Jaan_Tonisson_(Lasteleht), lk 18
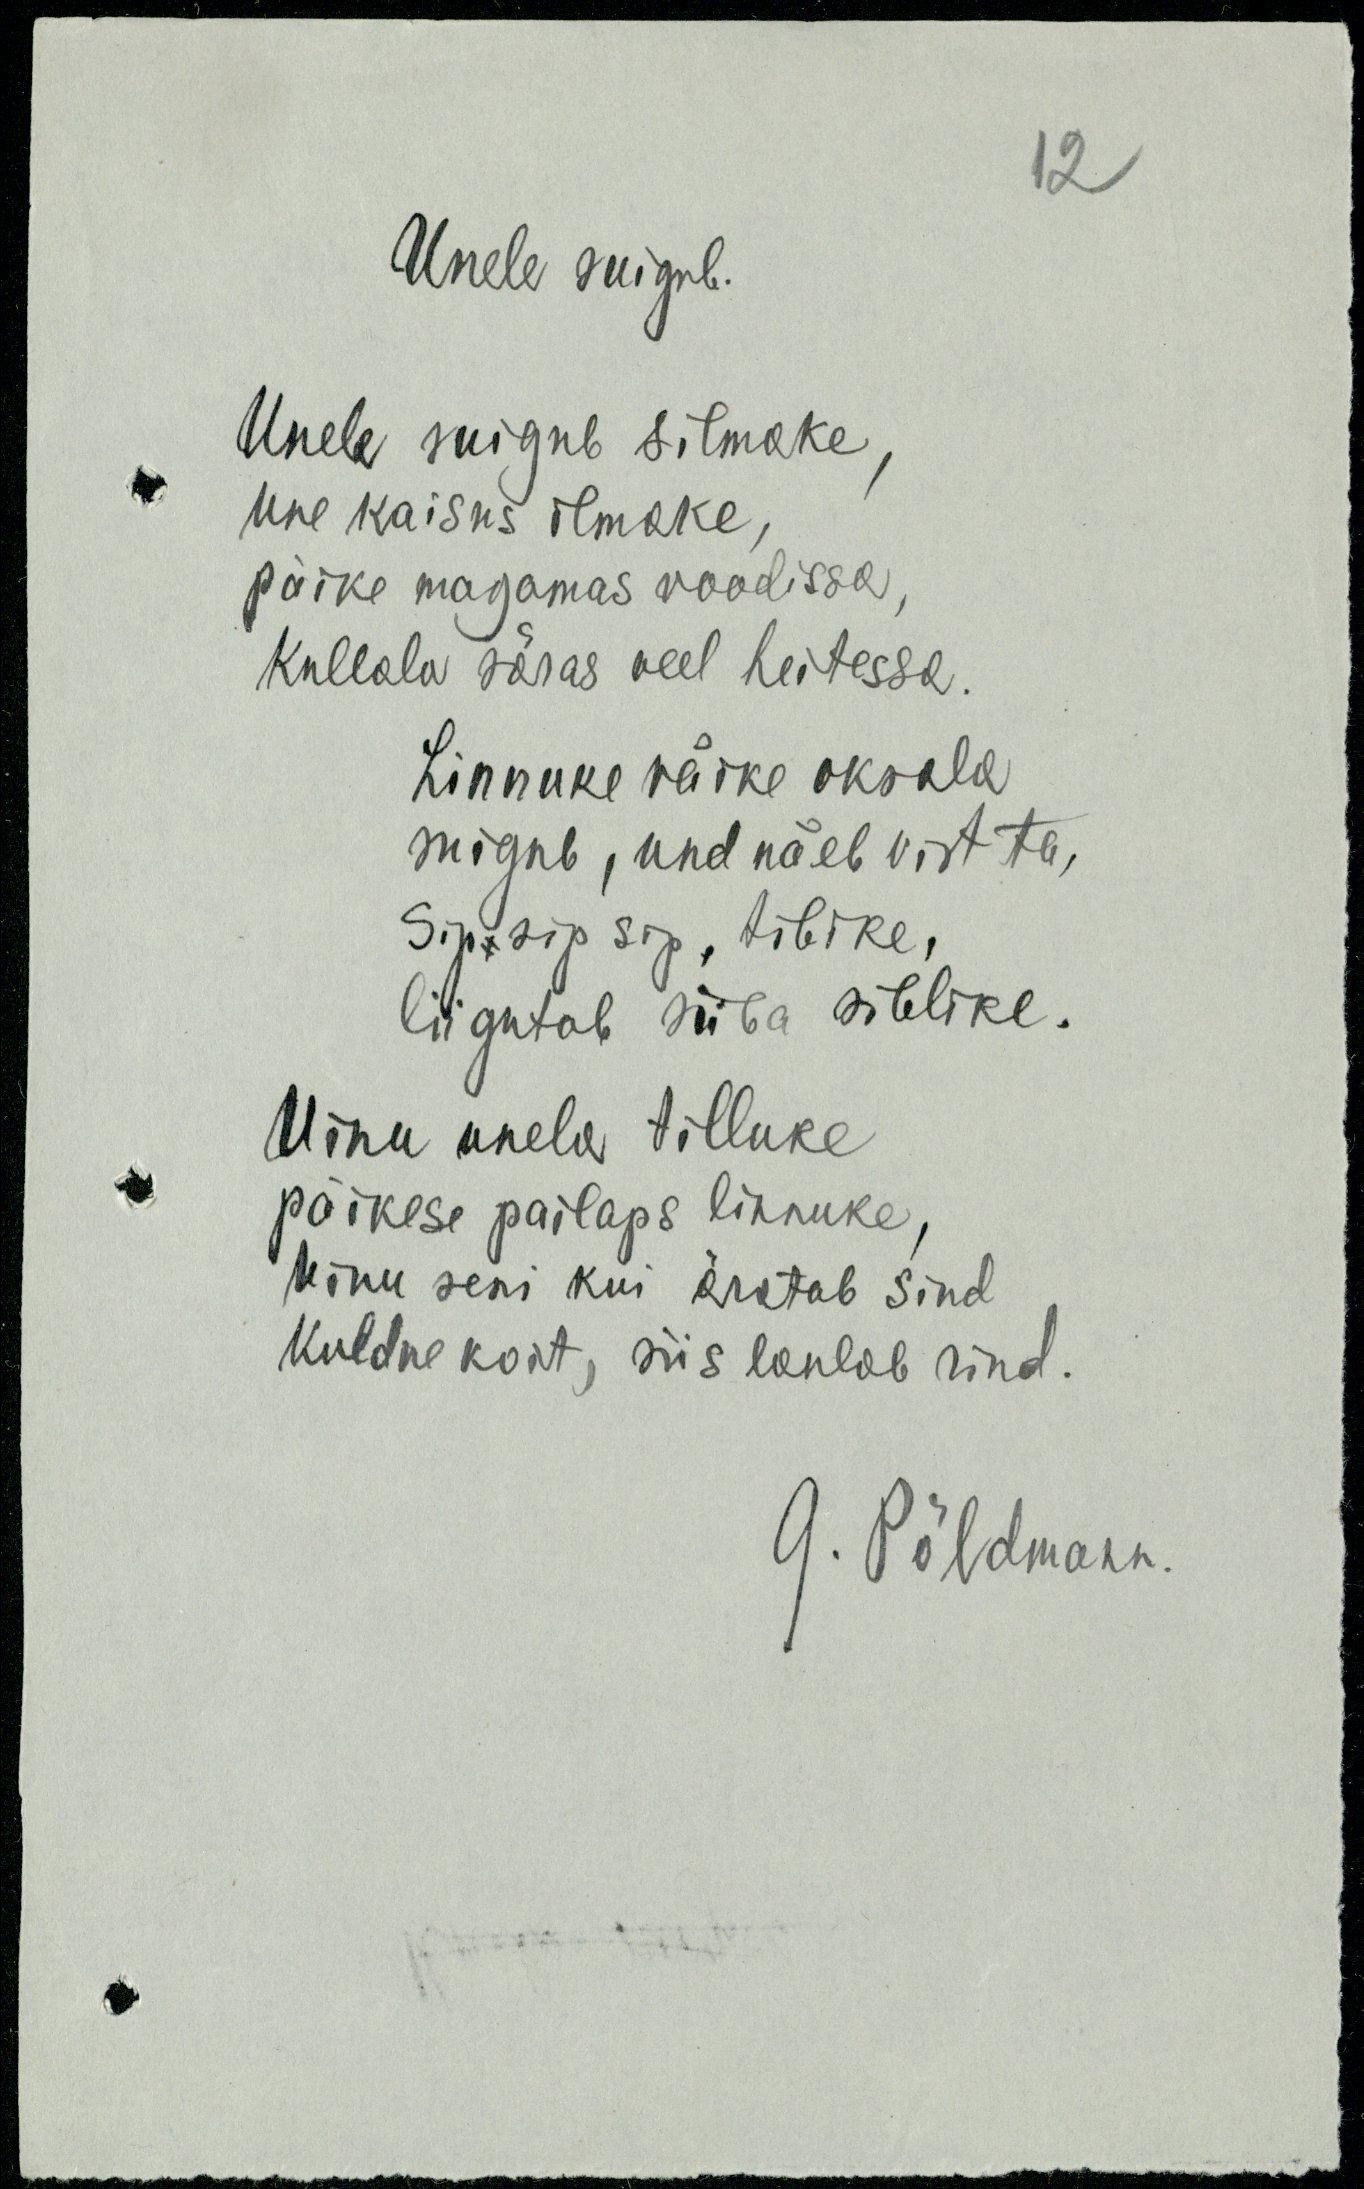
Unele suigub.
Unele suigub silmake,
une kaisus ilmake,
päike magamas voodissa,
Kullala säras veel heitessa.
Linnuke väike oksala
suigub, und näeb vist ta,
Sip sip sip, tibike,
liigutab siiba siblike.
Uinu unele tilluke
päikese pailaps linnuke,
Uinu seni kui äratab sind
kuldne koit, siis laulab rind.
G. Põldmann